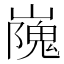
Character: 㠕